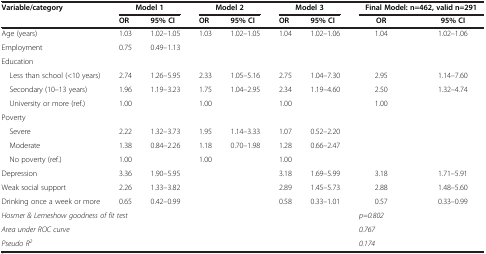
<table><thead><tr><td rowspan="2"><b>Variable/category</b></td><td colspan="2"><b>Model 1</b></td><td colspan="2"><b>Model 2</b></td><td colspan="2"><b>Model 3</b></td><td colspan="2"><b>Final Model: n=462, valid n=291</b></td></tr><tr><td><b>OR</b></td><td><b>95% CI</b></td><td><b>OR</b></td><td><b>95% CI</b></td><td><b>OR</b></td><td><b>95% CI</b></td><td><b>OR</b></td><td><b>95% CI</b></td></tr></thead><tbody><tr><td>Age (years)</td><td>1.03</td><td>1.02–1.05</td><td>1.03</td><td>1.02–1.05</td><td>1.04</td><td>1.02–1.06</td><td>1.04</td><td>1.02–1.06</td></tr><tr><td>Employment</td><td>0.75</td><td>0.49–1.13</td><td> </td><td> </td><td> </td><td> </td><td> </td><td> </td></tr><tr><td>Education</td><td> </td><td> </td><td> </td><td> </td><td> </td><td> </td><td> </td><td> </td></tr><tr><td> Less than school (&lt;10 years)</td><td>2.74</td><td>1.26–5.95</td><td>2.33</td><td>1.05–5.16</td><td>2.75</td><td>1.04–7.30</td><td>2.95</td><td>1.14–7.60</td></tr><tr><td> Secondary (10–13 years)</td><td>1.96</td><td>1.19–3.23</td><td>1.75</td><td>1.04–2.95</td><td>2.34</td><td>1.19–4.60</td><td>2.50</td><td>1.32–4.74</td></tr><tr><td> University or more (ref.)</td><td>1.00</td><td> </td><td>1.00</td><td> </td><td>1.00</td><td> </td><td>1.00</td><td> </td></tr><tr><td>Poverty</td><td> </td><td> </td><td> </td><td> </td><td> </td><td> </td><td> </td><td> </td></tr><tr><td> Severe</td><td>2.22</td><td>1.32–3.73</td><td>1.95</td><td>1.14–3.33</td><td>1.07</td><td>0.52–2.20</td><td> </td><td> </td></tr><tr><td> Moderate</td><td>1.38</td><td>0.84–2.26</td><td>1.18</td><td>0.70–1.98</td><td>1.28</td><td>0.66–2.47</td><td> </td><td> </td></tr><tr><td> No poverty (ref.)</td><td>1.00</td><td> </td><td>1.00</td><td> </td><td>1.00</td><td> </td><td> </td><td> </td></tr><tr><td>Depression</td><td>3.36</td><td>1.90–5.95</td><td> </td><td> </td><td>3.18</td><td>1.69–5.99</td><td>3.18</td><td>1.71–5.91</td></tr><tr><td>Weak social support</td><td>2.26</td><td>1.33–3.82</td><td> </td><td> </td><td>2.89</td><td>1.45–5.73</td><td>2.88</td><td>1.48–5.60</td></tr><tr><td>Drinking once a week or more</td><td>0.65</td><td>0.42–0.99</td><td> </td><td> </td><td>0.58</td><td>0.33–1.01</td><td>0.57</td><td>0.33–0.99</td></tr><tr><td colspan="7"><i>Hosmer &amp; Lemeshow goodness of fit test</i></td><td colspan="2"><i>p=0.802</i></td></tr><tr><td colspan="7"><i>Area under ROC curve</i></td><td colspan="2"><i>0.767</i></td></tr><tr><td colspan="7"><i>Pseudo R</i><sup><i>2</i></sup></td><td colspan="2"><i>0.174</i></td></tr></tbody></table>